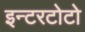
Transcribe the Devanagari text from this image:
इन्टरटोटो